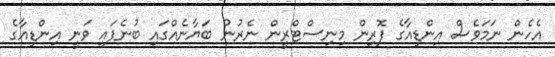
އެހެން ނަމަވެސް އިންޑިއާގެ ފޮރިން މިނިސްޓްރީން ނެރުނު ބަޔާނެއްގައި ބުނެފައި ވަނީ އިންޑިއާގެ